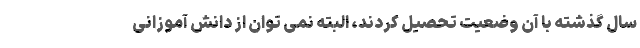
سال گذشته با آن وضعیت تحصیل کردند، البته نمی توان از دانش آموزانی